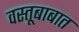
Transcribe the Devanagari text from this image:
वस्तूबाबात